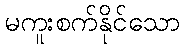
မကူးစက်နိုင်သော